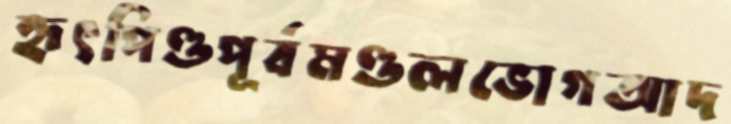
হৃৎপিণ্ডপূর্বমণ্ডলভোগআদ